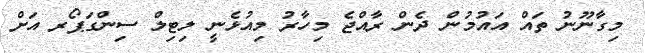
މިގާނޫނު ތައް އައުމުން ދެން ރާއްޖެ މިހާރު މިއުޅެނީ ލިޓިލް ސިންގަޕޯރ އަށް